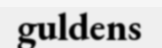
guldens